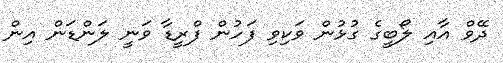
ދޭވް އާއި ލޯބީގެ ގުޅުން ވަކިވި ފަހުން ފްރީޑާ ވަނީ ލަންޑަން އިން